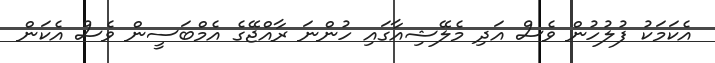
އެކަމަކު ފުލުހުން ވެސް އަދި މެލޭޝިއާގައި ހުންނަ ރާއްޖޭގެ އެމްބަސީން ވެސް އެކަން